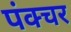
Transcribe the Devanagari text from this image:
पंक्‍चर